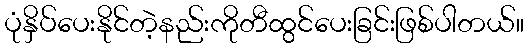
ပုံနှိပ်ပေးနိုင်တဲ့နည်းကိုတီထွင်ပေးခြင်းဖြစ်ပါတယ်။